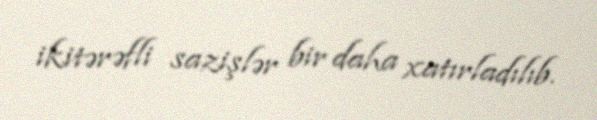
ikitərəfli sazişlər bir daha xatırladılıb.